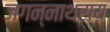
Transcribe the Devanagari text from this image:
जगन्नाथराय